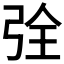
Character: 𮱶